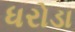
ધરોડા